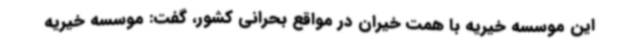
این موسسه خیریه با همت خیران در مواقع بحرانی کشور، گفت: موسسه خیریه